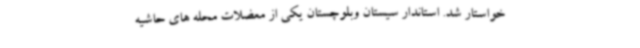
خواستار شد. استاندار سیستان وبلوچستان یکی از معضلات محله های حاشیه